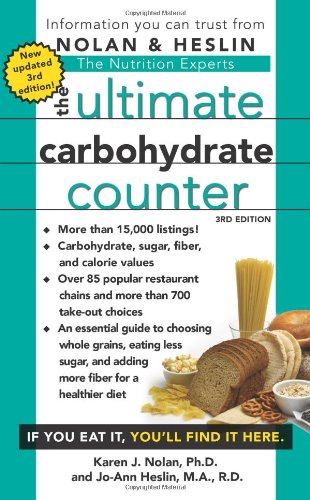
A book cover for The Ultimate Carbohydrate Counter, Third Edition; Ph.D. Karen J Nolan Ph.D.; Cookbooks, Food & Wine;